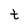
Character: t